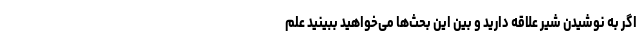
اگر به نوشیدن شیر علاقه دارید و بین این بحث‌ها می‌خواهید ببینید علم